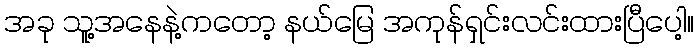
အခု သူ့အနေနဲ့ကတော့ နယ်မြေ အကုန်ရှင်းလင်းထားပြီပေါ့။